Annual administration report of the Civil Veterinary Department of India - 1895-1896
Year: 1895
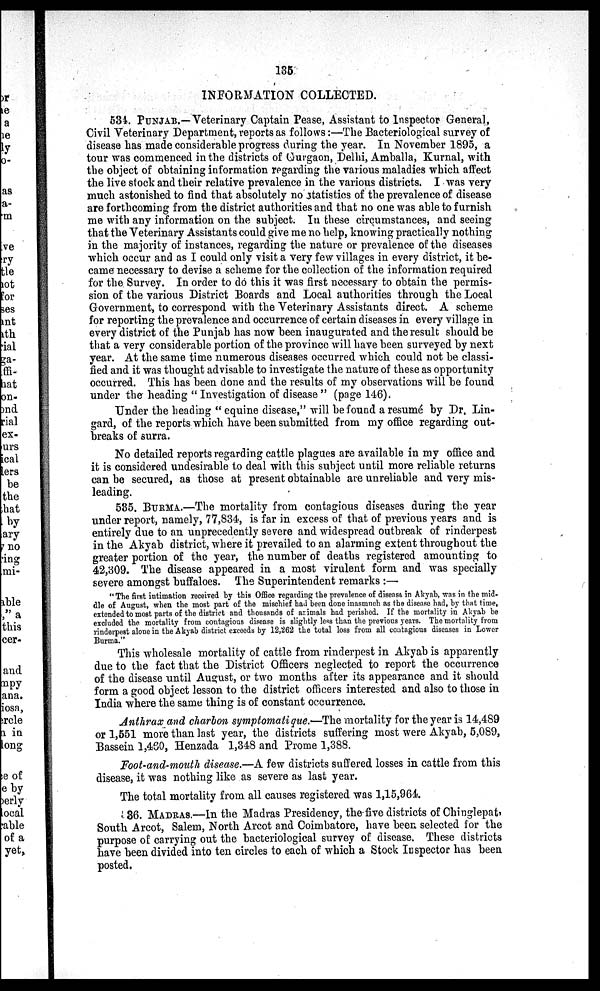
135
INFORMATION COLLECTED.
534. PUNJAB.—Veterinary Captain Pease, Assistant to Inspector General,
Civil Veterinary Department, reports as follows:—The Bacteriological survey of
disease has made considerable progress during the year. In November 1895, a
tour was commenced in the districts of Gurgaon, Delhi, Amballa, Kurnal, with
the object of obtaining information regarding the various maladies which affect
the live stock and their relative prevalence in the various districts. I was very
much astonished to find that absolutely no statistics of the prevalence of disease
are forthcoming from the district authorities and that no one was able to furnish
me with any information on the subject. In these circumstances, and seeing
that the Veterinary Assistants could give me no help, knowing practically nothing
in the majority of instances, regarding the nature or prevalence of the diseases
which occur and as I could only visit a very few villages in every district, it be-
came necessary to devise a scheme for the collection of the information required
for the Survey. In order to do this it was first necessary to obtain the permis-
sion of the various District Boards and Local authorities through the Local
Government, to correspond with the Veterinary Assistants direct. A scheme
for reporting the prevalence and occurrence of certain diseases in every village in
every district of the Punjab has now been inaugurated and the result should be
that a very considerable portion of the province will have been surveyed by next
year. At the same time numerous diseases occurred which could not be classi-
fied and it was thought advisable to investigate the nature of these as opportunity
occurred. This has been done and the results of my observations will be found
under the heading "Investigation of disease" (page 146).
Under the heading "equine disease," will be found a resumé by Dr. Lin-
gard, of the reports which have been submitted from my office regarding out-
breaks of surra.
No detailed reports regarding cattle plagues are available in my office and
it is considered undesirable to deal with this subject until more reliable returns
can be secured, as those at present obtainable are unreliable and very mis-
leading.
585. BURMA.—The mortality from contagious diseases during the year
under report, namely, 77,834, is far in excess of that of previous years and is
entirely due to an unprecedently severe and widespread outbreak of rinderpest
in the Akyab district, where it prevailed to an alarming extent throughout the
greater portion of the year, the number of deaths registered amounting to
42,309. The disease appeared in a most virulent form and was specially
severe amongst buffaloes. The Superintendent remarks:—
"The first intimation received by this Office regarding the prevalence of disease in Akyab, was in the mid-
dle of August, when the most part of the mischief had been done inasmuch as the disease had, by that time,
extended to most parts of the district and thousands of animals had perished. If the mortality in Akyab be
excluded the mortality from contagious disease is slightly less than the previous years. The mortality from
rinderpest alone in the Akyab district exceeds by 12,262 the total loss from all contagious diseases in Lower
Burma."
This wholesale mortality of cattle from rinderpest in Akyab is apparently
due to the fact that the District Officers neglected to report the occurrence
of the disease until August, or two months after its appearance and it should
form a good object lesson to the district officers interested and also to those in
India where the same thing is of constant occurrence.
Anthrax and charbon symptomatique.—The mortality for the year is 14,489
or 1,551 more than last year, the districts suffering most were Akyab, 5,089,
Bassein 1,460, Henzada 1,348 and Prome 1,388.
Foot-and-mouth disease.—A few districts suffered losses in cattle from this
disease, it was nothing like as severe as last year.
The total mortality from all causes registered was 1,15,964.
36. MADRAS.—In the Madras Presidency, the five districts of Chinglepat,
South Arcot, Salem, North Arcot and Coimbatore, have been selected for the
purpose of carrying out the bacteriological survey of disease. These districts
have been divided into ten circles to each of which a Stock Inspector has been
posted.